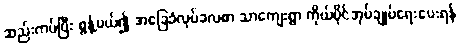
ဆည်းကပ်ပြီး စွန့်ပယ်၍ အခြေခံလုပ်ခလစာ သာကျေးရွာ ကိုယ်ပိုင်အုပ်ချုပ်ရေးပေးရန်